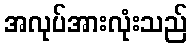
အလုပ်အားလုံးသည်